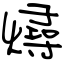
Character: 燖